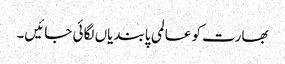
بھارت کو عالمی پابندیاں لگائی جائیں۔